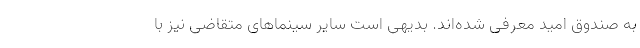
به صندوق امید معرفی شده‌اند. بدیهی است سایر سینماهای متقاضی نیز با